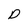
Character: D